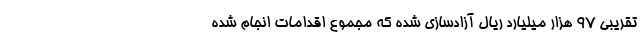
تقریبی ۹۷ هزار میلیارد ریال آزادسازی شده که مجموع اقدامات انجام شده